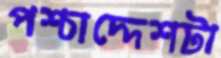
পশ্চাদ্দেশটা